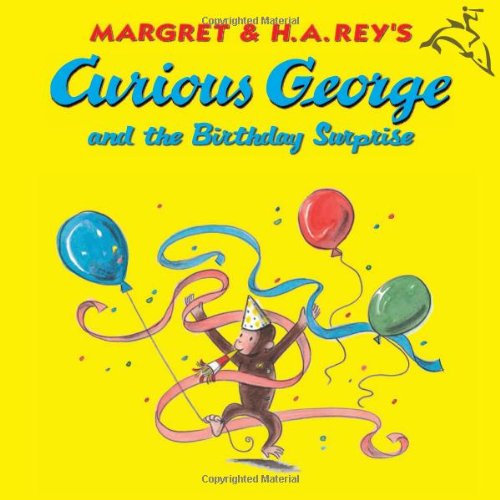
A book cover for Curious George and the Birthday Surprise; H. A. Rey; Children's Books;